Report on sanitation, dispensaries, and jails in Rajputana for 1909, and on vaccination for the year 1909-1910 - 1909-1910
Year: 1909
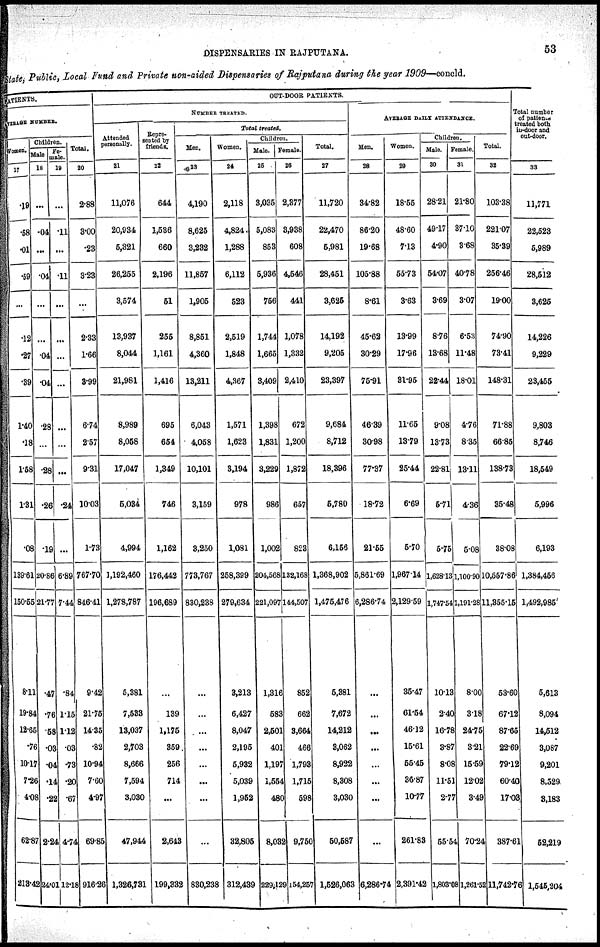
DISPENSARIES IN RAJPUTANA.
53
State, Public, local Fund and Private non-aided Dispensaries of Rajputana during the year 1909—concld.
PATIENTS.
AVERAGE NUMBER.
Women.
17
.19
.58
.01
.59
...
12
.27
.39
1.40
.18
1.58
1.31
.08
139.61
150.55
8.11
19.84
12.65
.76
10.17
7.26
4.08
62.87
213.42
Children.
Male
18
...
.04
...
.04
...
...
.04
.04
.28
...
.28
.26
.19
20.86
21.77
.47
.78
.58
.03
.04
.14
.22
2.24
24.01
Fe¬
male.
19
...
.11
...
11
...
...
...
...
...
...
...
.24
...
6.89
7.44
.84
115
1.12
.03
.73
.20
.67
4.74
12.18
Total.
20
2.88
3.00
.23
3.23
...
2.33
1.66
3.99
674
257
9.31
10.03
1.73
767.70
846.41
9.42
21.75
14.35
.82
10.94
7.60
4.97
69.85
916.26
OUT-DOOR PATIENTS.
NUMBER TREATED.
Attended
personally.
21
11,076
20,934
5,321
26,255
3,574
13,937
8,044
21,981
8,989
8,058
17,047
5,084
4,994
1,192,460
1,278,787
5,381
7,533
13,037
2,703
8,666
7,594
3,030
47,944
1,326,731
Repre¬
sented by
friends.
22
644
1,536
660
2,196
51
255
1,161
1,416
695
654
1,349
746
1,162
176,442
196,689
...
139
1,175
359
256
714
...
2,643
199,332
Total treated.
Men.
23
4,190
8,625
3,232
11,857
1,905
8,851
4,360
13,211
6,043
4,058
10,101
3,159
3,250
773,767
830,238
...
...
...
...
...
...
...
...
830,238
Women.
24
2,118
4,824
1,288
6,112
523
2,519
1,848
4,367
1,571
1,623
3,194
978
1,081
258,399
279,634
3,213
6,427
8,047
2,195
5,932
5,039
1,952
32,805
312,439
Children.
Male.
25
3,035
5,083
853
5,936
756
1,744
1,665
3,409
1,398
1,831
3,229
986
1,002
204,568
221,097
1,316
583
2,501
401
1,197
1,554
480
8,032
229,129
Female.
26
2,377
3,938
608
4,546
441
1,078
1,332
2,410
672
1,200
1,872
657
823
132,168
144,507
852
662
3,664
466
1,793
1,715
598
9,750
154,257
Total.
27
11,720
22,470
5,981
28,451
3,625
14,192
9,205
23,397
9,684
8,712
18,396
5,780
6,159
1,368,902
1,475,476
5,381
7,672
14,212
3,062
8,922
8,308
3,030
50,587
1,526,063
AVERAGE DAILY ATTENDANCE.
Man.
28
34.82
86.20
19.68
105.88
8.61
45.62
30.29
75.91
46.39
30.98
77.37
18.72
21.55
5,861.69
6,286.74
...
...
...
...
...
...
...
...
6,286.74
Women.
29
18.55
48.60
7.13
55.73
3.63
13.99
17.96
31.95
11.65
13.79
25.44
6.69
5.70
1,967.14
3,129.59
35.47
61.54
46.12
15.61
55.45
36.87
10.77
261.83
2,391.42
Children.
Male.
30
28.21
49.17
4.90
54.07
3.69
8.76
13.68
22.44
9.08
13.73
22.81
5.71
5.75
1,62813
1,747.54
10.13
2.40
16.78
3.87
8.08
11.51
2.77
55.54
1,803.08
Female.
31
21.80
37.10
3.68
40.78
3.07
6.53
11.48
18.01
4.76
8.35
13.11
4.36
5.08
1,100.90
1,191.28
8.00
3.18
24.75
3.21
15.59
12.02
3.49
70.24
1,261.52
Total.
32
103.38
221.07
35.39
256.46
19.00
74.90
73.41
148.31
71.88
66.85
138.73
35.48
38.08
10,557.86
11,355.15
53.60
67.12
87.65
22.69
79.12
60.40
17.03
387.61
11,742.76
Total number
of patients
treated both
in-door and
out-door.
33
11,771
22,523
5,989
28,512
3,625
14,226
9,229
23,455
9,803
8,746
18,549
5,996
6,193
1,384,456
1,492,985
5,613
8,094
14,512
3,087
9,201
8,529
3,183
52,219
1,545,204